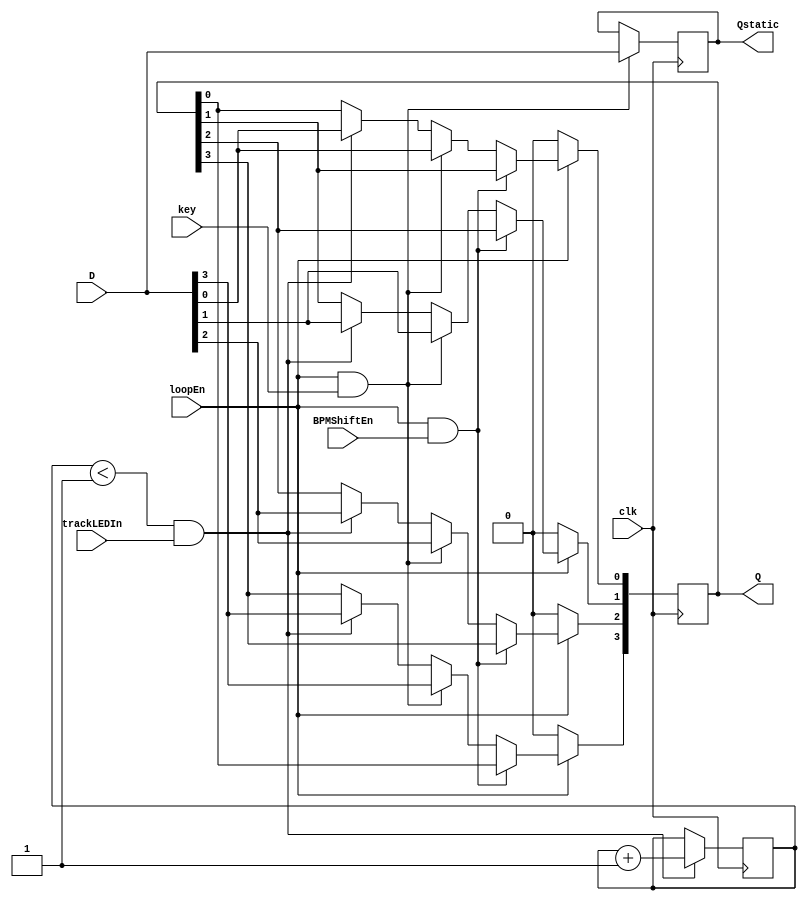

//4-Bit Shift Register (to be instantiated 4 times for 4 different chords.)
module shiftReg4bit(D, clk, loopEn, BPMShiftEn, Q, key, trackLEDIn, Qstatic);
	//Qstatic is the initial load pattern of Q. Does not shift. Used to show on LEDs where you placed a note rhythmically.
	
	output reg [3:0] Qstatic;
	input trackLEDIn; //activated if the tracking LED has instantiated this module
	reg trackLED;
	
	input key;
	input [3:0] D;
	input clk;
	input loopEn;
	input BPMShiftEn;
	output reg [3:0] Q; //shifting output register	
	
	always @ (posedge clk) begin

		//trackLED <= trackLEDIn; //For Tracking LED
		if (trackLED < 1 & trackLEDIn) begin //One-time load if this is the counter!
			Q <= D;
			trackLED <= trackLED + 1; //(2/50000000ths) of a second to ensure Q loads! 
		end
		
		if (loopEn & key) begin //SW[5] must be on, and the key must be pressed to set the chord into position for this chord loop. - HAVING key HERE WILL PREVENT FROM PLAYING DURING LOOP!!!!!!!!!
			Q <= D; //load the shift register
			Qstatic <= D;
		end
		
		if (loopEn & BPMShiftEn) //Load right bit to shift bits left.
		begin 
			Q[3] <= Q[0];
			Q[2] <= Q[3];
			Q[1] <= Q[2];
			Q[0] <= Q[1];
		end
		
		if (!loopEn) begin
			Q <= 4'b000; //reset when looper mode turned off.
		end
	end

endmodule